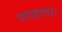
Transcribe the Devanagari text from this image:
जाहलो।